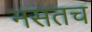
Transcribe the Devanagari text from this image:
नसतच